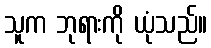
သူက ဘုရားကို ယုံသည်။